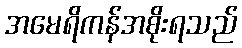
အမေရိကန်အစိုးရသည်